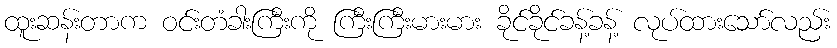
ထူးဆန်းတာက ဝင်းတံခါးကြီးကို ကြီးကြီးမားမား ခိုင်ခိုင်ခန့်ခန့် လုပ်ထားသော်လည်း